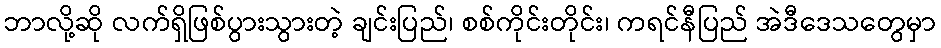
ဘာလို့ဆို လက်ရှိဖြစ်ပွားသွားတဲ့ ချင်းပြည်၊ စစ်ကိုင်းတိုင်း၊ ကရင်နီပြည် အဲဒီဒေသတွေမှာ